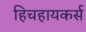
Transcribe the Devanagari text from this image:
हिचहायकर्स